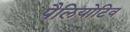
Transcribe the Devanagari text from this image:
पैलियोटिव